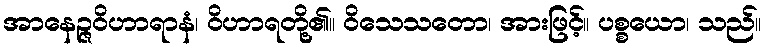
အာနေဉ္ဇဝိဟာရာနံ၊ ဝိဟာရတို့၏။ ဝိသေသတော၊ အားဖြင့်။ ပစ္စယော၊ သည်။